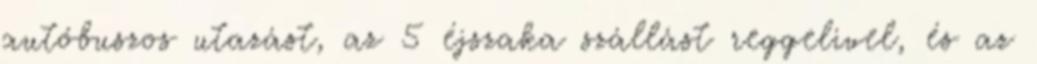
autóbuszos utazást, az 5 éjszaka szállást reggelivel, és az